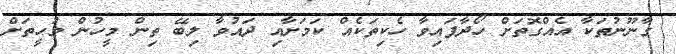
ގާނޫނުތަކާ އެއްގޮތަށް ހޯދާފައިވާ ހެކިތަކެއް ކަމަށާއި ދައުވާ ލިބޭ ތިން މީހުން މުހީތަށް